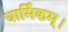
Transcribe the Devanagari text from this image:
धार्मिकम्‌।